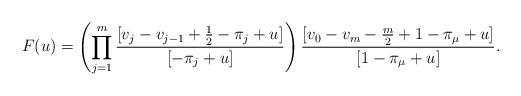
LaTeX: \begin{align*}F(u)=\left(\prod_{j=1}^m\frac{[v_j-v_{j-1}+\frac{1}{2}-\pi_j+u]}{[-\pi_j+u]}\right)\frac{[v_0-v_m-\frac{m}{2}+1-\pi_\mu+u]}{[1-\pi_\mu+u]}.\end{align*}